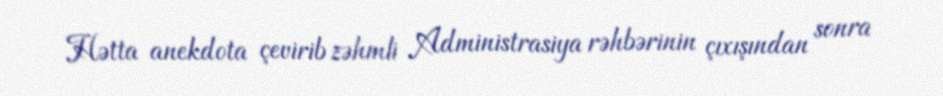
Hətta anekdota çevirib zəhmli Administrasiya rəhbərinin çıxışından sonra